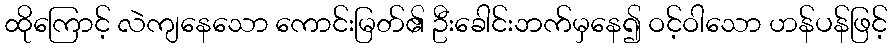
ထိုကြောင့် လဲကျနေသော ကောင်းမြတ်၏ ဦးခေါင်းဘက်မှနေ၍ ဝင့်ဝါသော ဟန်ပန်ဖြင့်